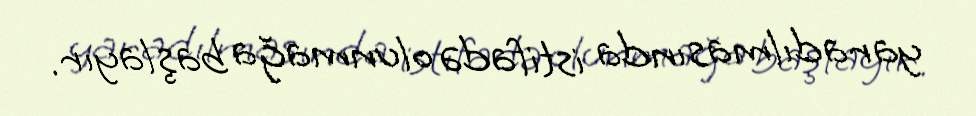
yaradılmasında istifadə olunmağa başlayır.